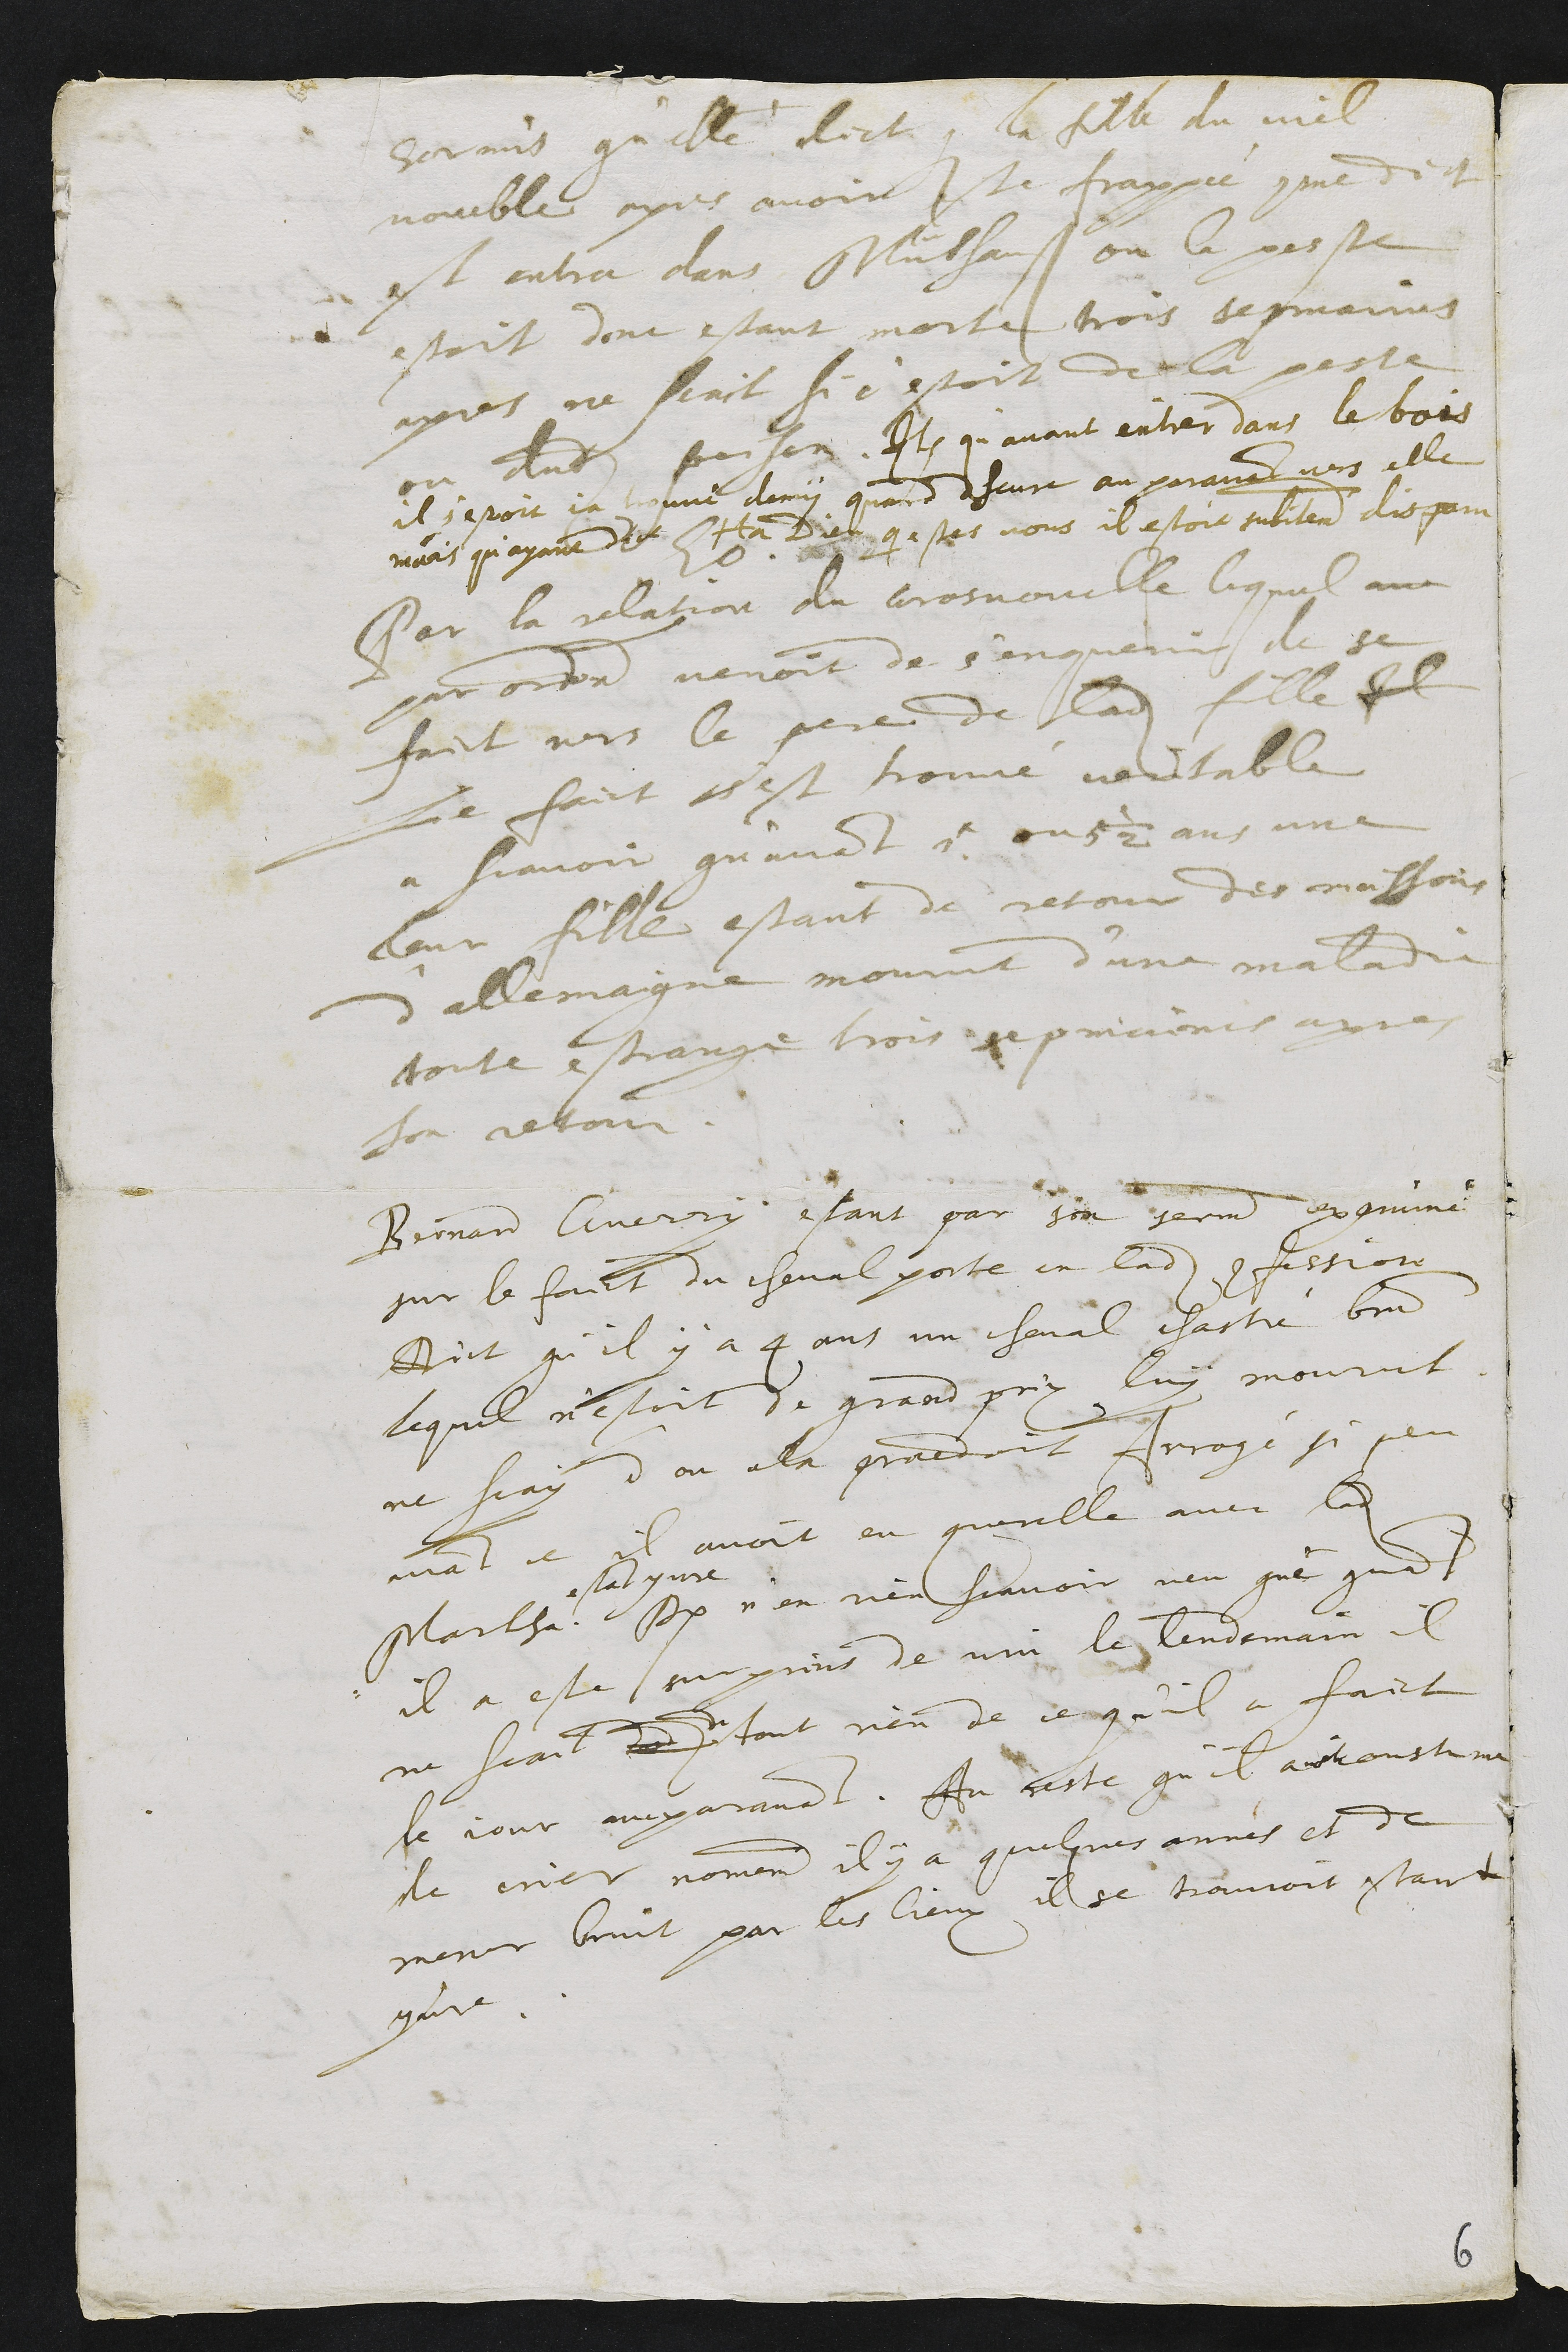
hormis qu'elle dict que la fille du viel
voueble apres avoir este frappée comme dict
est entra dans Mülhausen ou la peste
estoit dont estant morte trois sepmaines
apres ne scait si c'estoit de la peste
ou dudit poison. Item qu'avant entrer dans le bois
il s'estoit ja trouve demy quard dheure auparavant vers elle
mais qu'ayant dict Ha Dieu qui estes vous il estoit subitement disparu
Eodem
Par la relation du gros voueble lequel au
par ordre venoit de s'enquerir de se
faict vers le pere de ladite fille Il
Le faict s'est trouvé veritable
a scavoir qu'avant 5 ou 5 1/2 ans une
leur fille estant de retour des moissons
d'allemaigne mourut d'une maladie
toute estrange trois sepmaines apres
son retour.
Bernard Guerry estant par son serment examiné
sur le faict du cheval porte en ladite confession
Dict qu'il y a 4 ans un cheval chastré brun
lequel n'estoit de grand prix luy mourut
ne scay d'ou cela procedoit Interrogé si peu
avant ce il avoit eu querelle avec ladite
Marthe
estant yvre
Dict n'en rien scavoir veu que quant
il a este surprins de vin le lendemain il
ne scait ded de tout rien de ce qu'il a faict
le jour auparavant. Au reste qu'il a ceste coustume
de crier nomement il y a quelques années et de
mener bruit par les lieux il se trouvoit estant
yvre.